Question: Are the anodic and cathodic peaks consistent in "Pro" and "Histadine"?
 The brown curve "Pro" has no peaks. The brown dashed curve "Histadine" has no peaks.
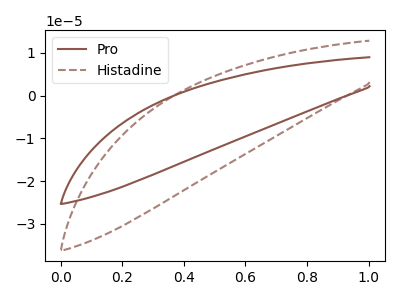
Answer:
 <answer>Niether CV has any peaks.</answer>
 <eval>blanks</eval>